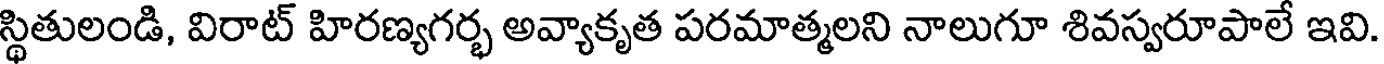
స్థితులండి, విరాట్ హిరణ్యగర్భ అవ్యాకృత పరమాత్మలని నాలుగూ శివస్వరూపాలే ఇవి.